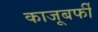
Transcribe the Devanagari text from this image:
काजूबर्फी